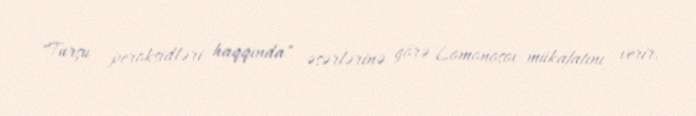
"Turşu peroksidləri haqqında" əsərlərinə görə Lomonosov mükafatını verir.